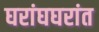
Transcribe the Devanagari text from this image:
घरांघघरांत